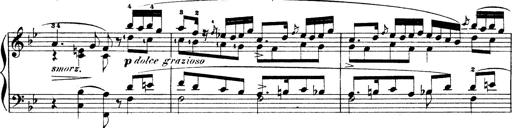
Title: Illustrations de l'opÃ©ra L'Africaine
Composer: Franz Liszt